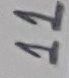
Text: 11